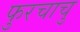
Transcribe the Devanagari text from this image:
फुरचाचु